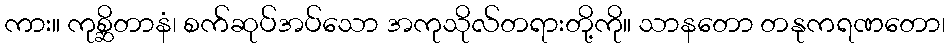
ကား။ ကုစ္ဆိတာနံ၊ စက်ဆုပ်အပ်သော အကုသိုလ်တရားတို့ကို။ သာနတော တနုကရဏတော၊